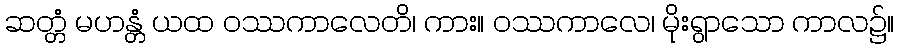
ဆတ္တံ မဟန္တံ ယထ ဝဿကာလေတိ၊ ကား။ ဝဿကာလေ၊ မိုးရွာသော ကာလ၌။